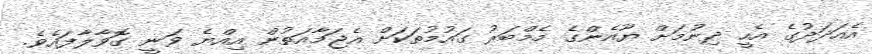
އެއަދަދުގެ އެހީ ދިނުމަށް ޔޫއެންގެ މެމްބަރު ގައުމުތަކަށް އެޖަމާއަތުން އިއްޔެ ވަނީ ގޮވާލާފައެވެ.